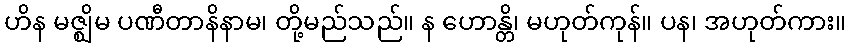
ဟိန မဇ္ဈိမ ပဏီတာနိနာမ၊ တို့မည်သည်။ န ဟောန္တိ၊ မဟုတ်ကုန်။ ပန၊ အဟုတ်ကား။